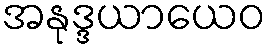
အနုဒ္ဒယာယေဝ